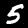
Digit: 5